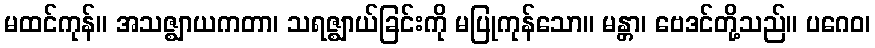
မထင်ကုန်။ အသဇ္ဈာယကတာ၊ သရဇ္ဈာယ်ခြင်းကို မပြုကုန်သော။ မန္တာ၊ ဗေဒင်တို့သည်။ ပဂေဝ၊